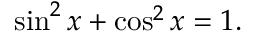
\sin ^ { 2 } x + \cos ^ { 2 } x = 1 .